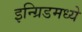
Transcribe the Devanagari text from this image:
इन्ग्रिडमध्ये